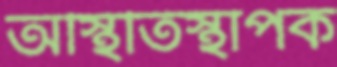
অস্থিতিস্থাপক